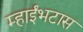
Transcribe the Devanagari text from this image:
म्हाईंभटास